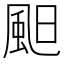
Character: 䫻